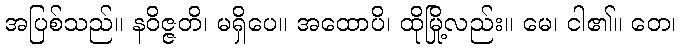
အပြစ်သည်။ နဝိဇ္ဇတိ၊ မရှိပေ။ အထောပိ၊ ထိုမြို့လည်း။ မေ၊ ငါ၏။ တေ၊